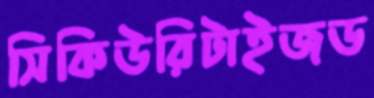
সিকিউরিটাইজড